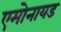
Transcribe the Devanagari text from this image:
एमोनायड